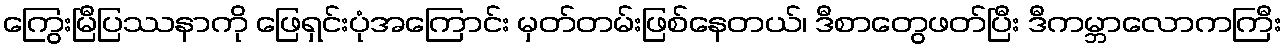
ကြွေးမြီပြဿနာကို ဖြေရှင်းပုံအကြောင်း မှတ်တမ်းဖြစ်နေတယ်၊ ဒီစာတွေဖတ်ပြီး ဒီကမ္ဘာလောကကြီး